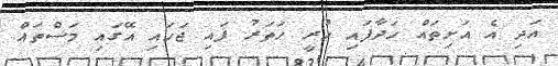
އަދި އެ އަށިތައް ހަދާފައި ހުރީ ހަތަރު ފައި ޖަހައި އޭގައި މަސްތައް